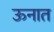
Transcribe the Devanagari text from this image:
ऊनात